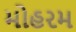
મોહરમ